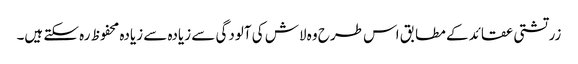
زرتشتی عقائد کے مطابق اس طرح وہ لاش کی آلودگی سے زیادہ سے زیادہ محفوظ رہ سکتے ہیں۔